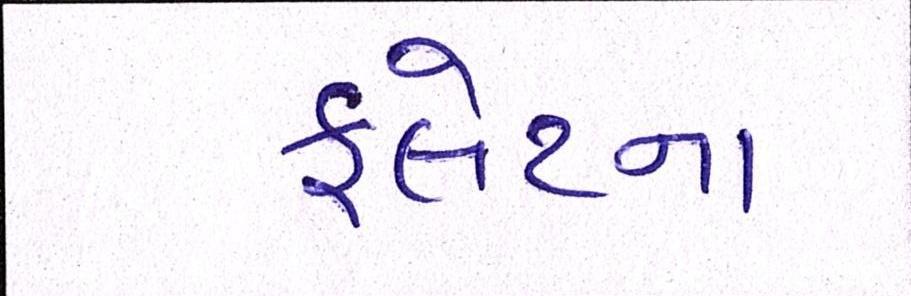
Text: ફ્લેટના